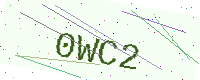
Text: 0WC2